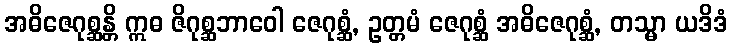
အဓိဇေဂုစ္ဆန္တိ ဣဓ ဇိဂုစ္ဆဘာဝေါ ဇေဂုစ္ဆံ, ဥတ္တမံ ဇေဂုစ္ဆံ အဓိဇေဂုစ္ဆံ, တသ္မာ ယဒိဒံ